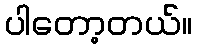
ပါတော့တယ်။